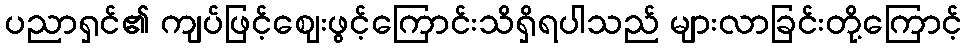
ပညာရှင်၏ ကျပ်ဖြင့်ဈေးဖွင့်ကြောင်းသိရှိရပါသည် များလာခြင်းတို့ကြောင့်